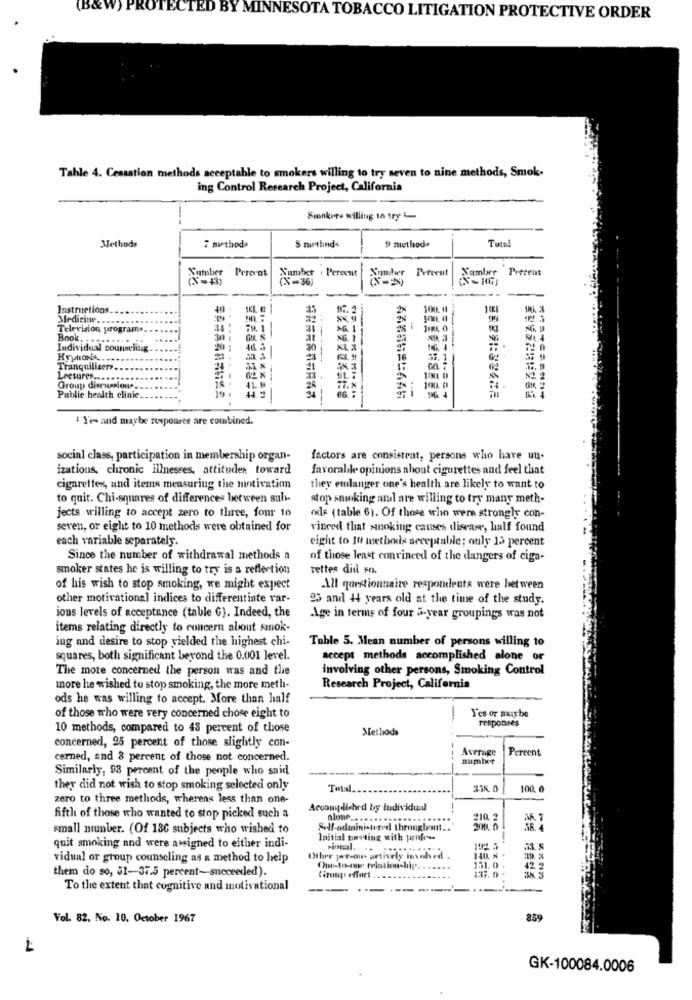
(B&W) PROTECTED BY MINNESOTA TOBACCO LITIGATION PROTECTIVE ORDER
Tahle 4. Cessation methods acceptable to smokers willing to try seven to nine methods, Smok.
ing Control Research Project, California
Smokers willing to try
Methods
9 method*
Total
7 mithoda
S mirtlind«
Sumber
Perernt
Percent
Precent
(X=43)
Sumber . Perecnt
(X=36)
Instructions
40
Medicine ..
Television programs.
-- -
--
Book
Individual counseling
30
KL
16
Tranquilizers
Lectures ...
N2
Group discussions.
100 0
Public health clinic.
1 Yes and maybe rospoures are combined.
social class, participation in membership organ-
factors are consistent, persons who have un-
izations, chronic illnesses, attitudes toward
favorable opinions about cigarettes and feel that
cigarettes, and items measuring the motivation
they endanger one's health are likely to want to
to quit. Chi-squares of differences between suh-
stop snuking and are willing to try many meth-
jects willing to accept zero to three, four 10
ods ( table 6). Of those who were strongly con-
seven, or eight to 10 methods were obtained for
vinced that »noking causes disease, half found
each variable separately.
eight to It methods acceptable; only 15 percent
Since the number of withdrawal methods a
of those least convinced of the dangers of ciga-
smoker states he is willing to try is a reflection
rettes did FO.
of his wish to stop smoking, we might expect
All questionnaire respondents were between
other motivational indices to differentiate var-
25 and +4 years old at the time of the study.
ious levels of acceptance (table G). Indeed, the
Age in terms of four 5-year groupings was not
items relating directly to concern about smok-
ing and desire to stop yielded the highest chi-
Table 5. Mean number of persons willing to
squares, both significant beyond the 0.001 level.
accept methods accomplished alone or
The mote concerned the person was and the
involving other persons, Smoking Control
more he wished to stop smoking, the more meth-
Research Project, California
ods he was willing to accept. More than half
Yes or maybe
of those who were very concerned chose eight to
responses
10 methods, compared to 48 percent of those
Methods
concerned, 25 percent of those slightly con-
Average
Percent
cerned, and 8 percent of those not concerned.
number
Similarly, 98 percent of the people who said
they did not wish to stop smoking selected only
Total.
338.0
100.0
zero to three methods, wherens less than one-
Accomplished by individual
fifth of those who wanted to stop picked such a
alone ...
210. 2
small number. (Of 186 subjects who wished to
Self-administered throughmit ..
Initial tossing with profe-
quit smoking and were assigned to either indi-
Pional. ..
vidual or group counseling as a method to help
Other jat-ou- artively innhed
140, N
them do so, 51-37.5 percent-succeeded).
One-to-se relationship".
131.0
137. 0
42
Ciroups effort
To the extent that cognitive and motivational
..
Vol. 82. No. 10. October 1967
859
4
GK-100084.0006